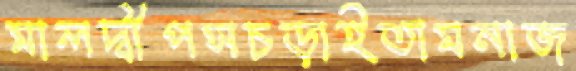
মালদ্বীপসচড়াইতামনাজ